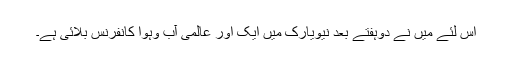
اس لئے ميں نے دوہفتے بعد نيويارک ميں ايک اور عالمی آب وہوا کانفرنس بلائی ہے۔